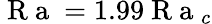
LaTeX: \mathrm{~R~a~}=1.99\mathrm{~R~a~}_{c}